Maali_päevik, lk 428
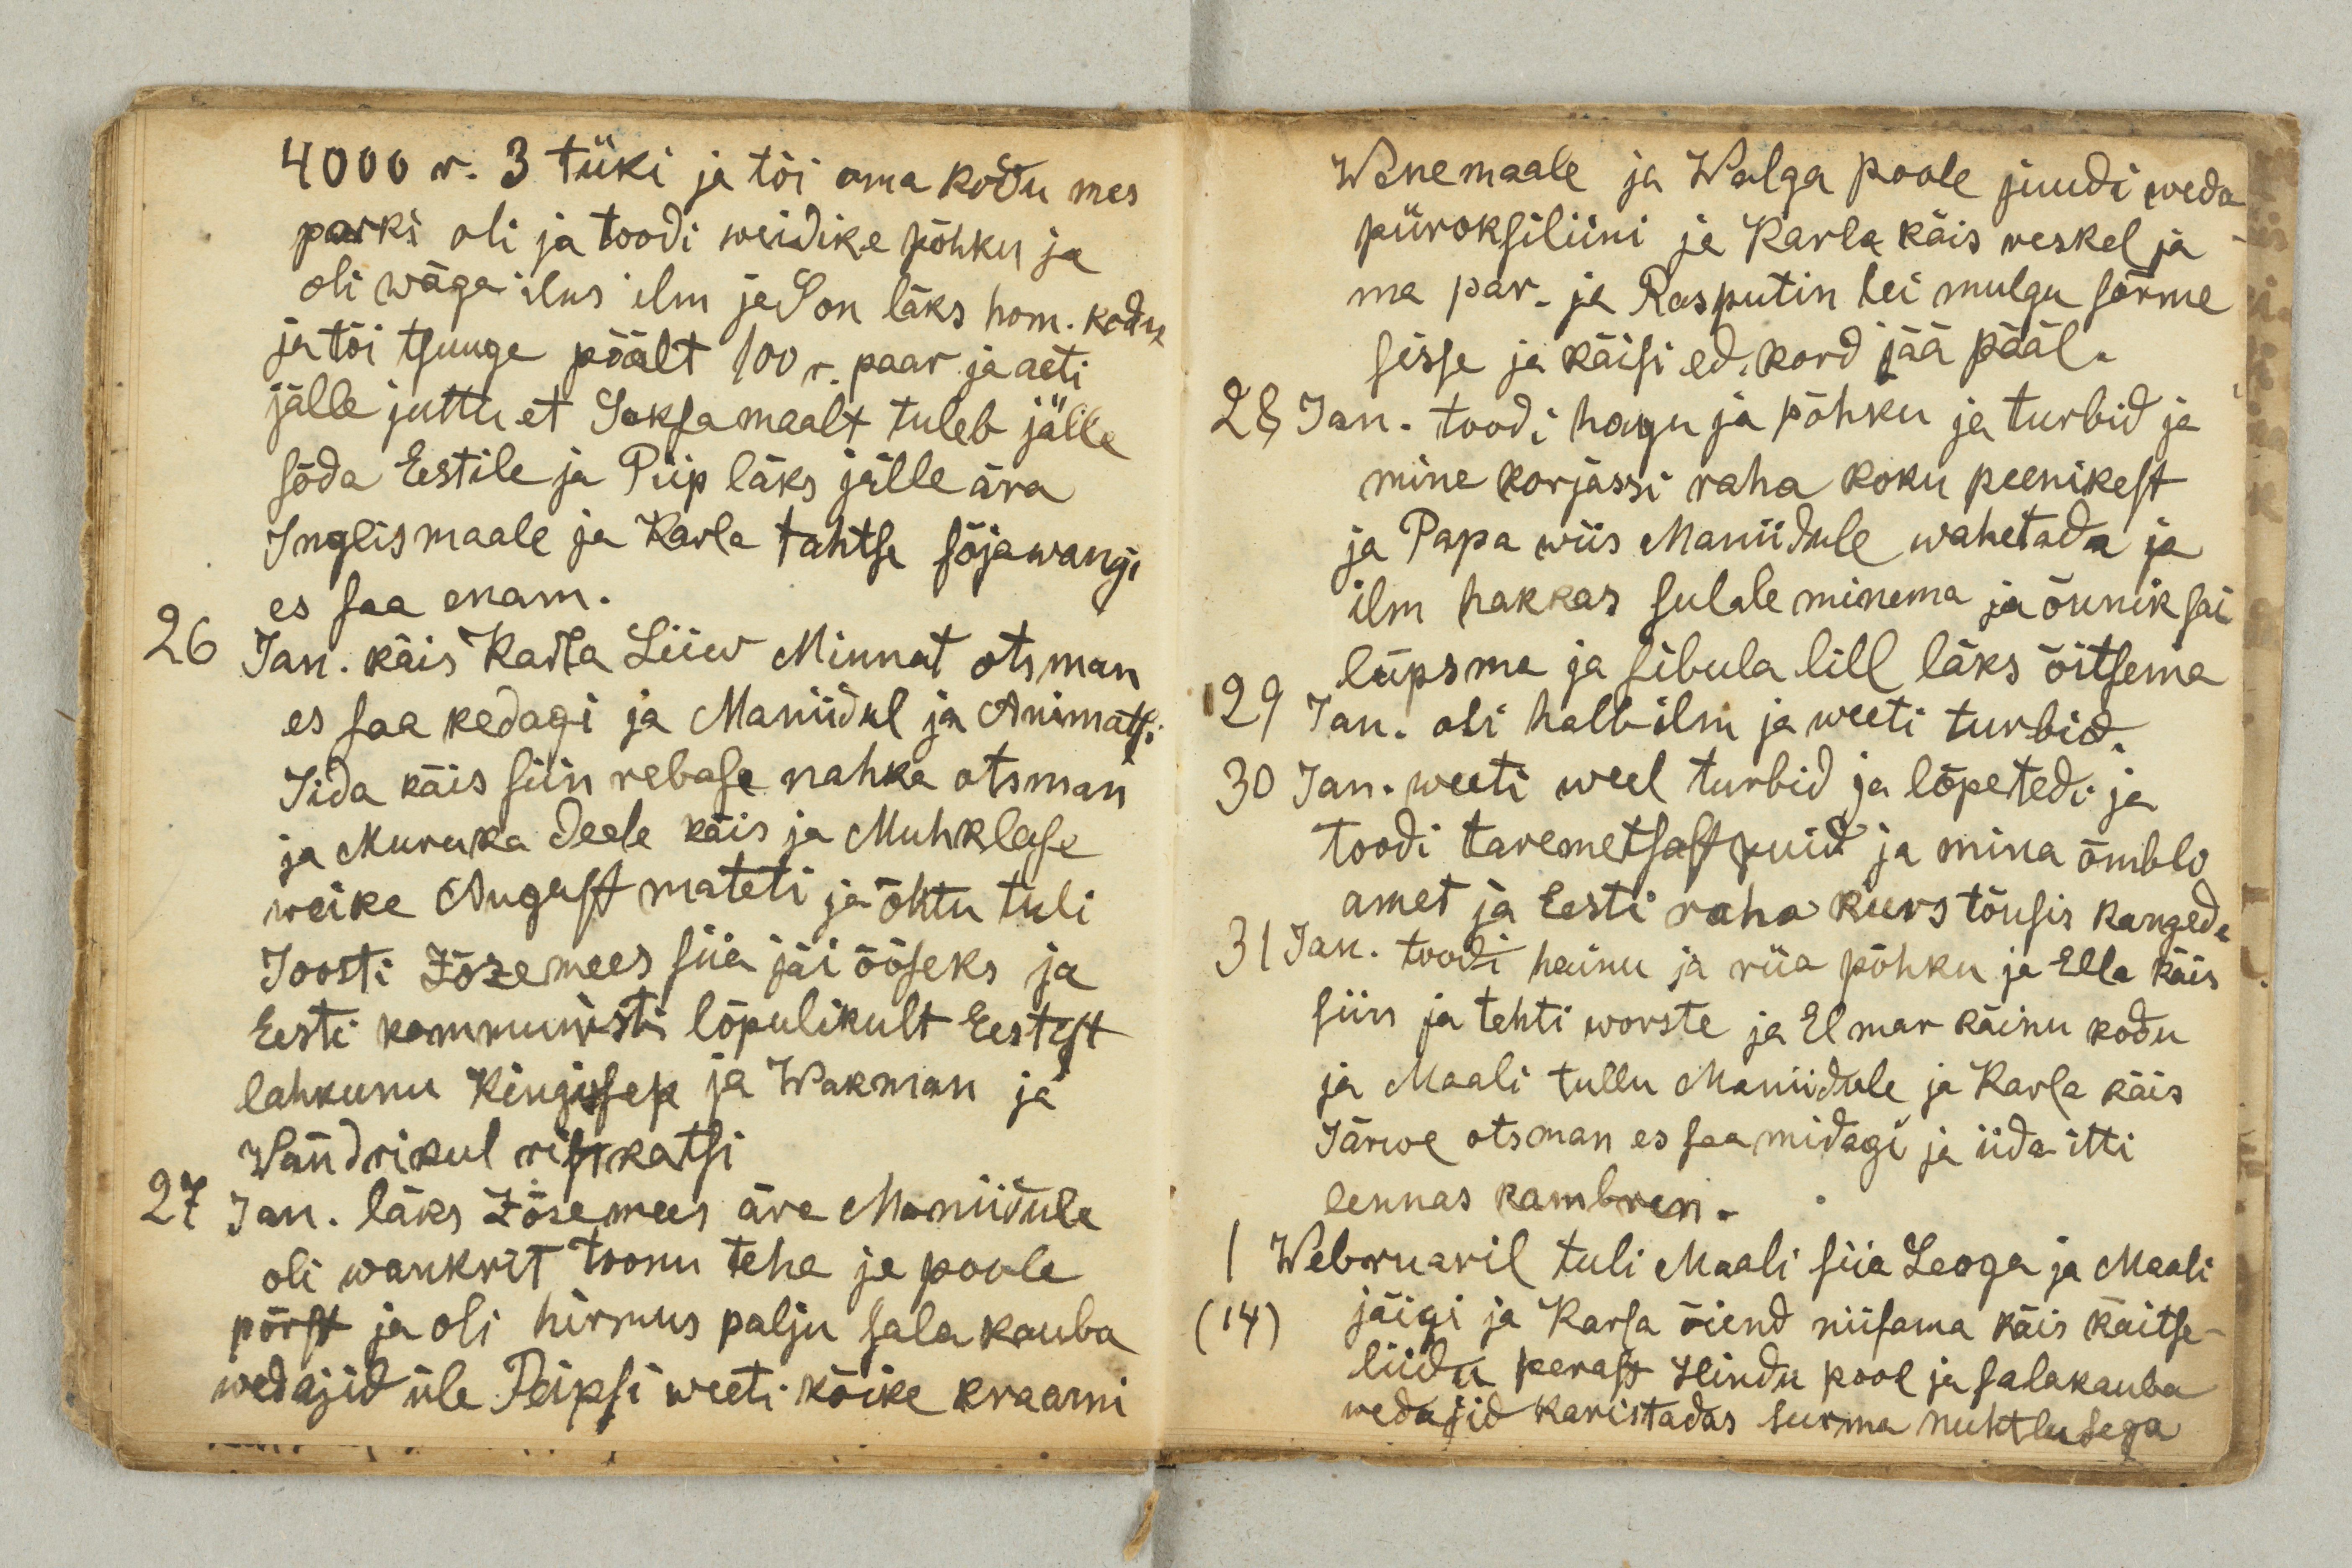
4000 r. 3 tüki ja tõi oma kodu mes
parki oli ja toodi weidike põhku ja
oli wäga ilus ilm ja Son läks hom. kodu
ja tõi tsuuge päält 100 r. paar ja aeti
jälle juttu et Saksamaalt tuleb jälle
sõda Eestile ja Piip läks jälle ära
Inglismaale ja Karla tahtse sõjavangi
es saa enam.
26 Jan. käis Karla Liiw Minnat otsman
es saa kedagi ja Maniidul ja Animatsi
Iida käis siin rebase nahka otsman
ja Muruka Deele käis ja Muhklase
weike August mateti ja õhtu tuli
Joosti Zõzemees siia jäi ööseks ja
Eesti kommunisti lõplikult Eestist
lahkunu Kingissep ja Wakman ja
Wändrikul ristkatsi
27 Jan. läks Zõzemees ära Maniidule
oli wankrit toonu teha ja poole
põrst ja oli hirmus palju sala kauba
wedajid üle Peipsi weeti kõike kraami

Wenemaale ja Walga poole juudi weda
püroksiliini ja Karla käis weskel ja
ma par. ja Rasputin lei mulgu sõrme
sisse ja käisi ed. kord jää pääl.
28 Jan. toodi hagu ja põhku ja turbid ja
mina korjassi raha koku peenikest
ja Papa wiis Maniidule wahetada ja
ilm hakkas sulale minema ja õunik sai
lüpsma ja sibula lill läks õitsema
29 Jan. oli halb ilm ja weeti turbid.
30 Jan. weeti weel turbid ja lõpetedi ja
toodi taremetsast puid ja mina õmbli
amet ja Eesti raha kurs tõusis kangede
31 Jan. toodi hainu ja rüa põhku ja Ella käis
siin ja tehti worste ja Elmar käinu kodu
ja Maali tullu Maniidule ja Karla käis
Järwe otsman es saa midagi ja iida itti
lennas kambren.
1 Webruaril tuli Maali siia Leoga ja Maali
14
jäigi ja Karla õiend niisama käis kaitse-
liidu perast Hindu pool ja salakauba
wedajid karistadas surma nuhtlusega